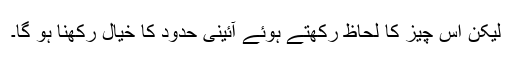
لیکن اس چیز کا لحاظ رکھتے ہوئے آئینی حدود کا خیال رکھنا ہو گا۔